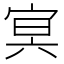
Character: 㝠